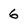
Character: 6